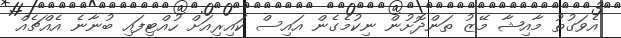
އެވަގުތު މާއިޝާ މޭޒު ތަންދޮށުން ނިކުމެގެން އައިސް ކައިރިއަށް ހުއްޓިފައި ބުނާނެ އެއްޗެއް